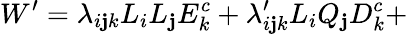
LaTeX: W^{\prime}=\lambda_{i\mathbf{j}k}L_{i}L_{\mathbf{j}}E_{k}^{c}+\lambda_{i\mathbf{j}k}^{\prime}L_{i}Q_{\mathbf{j}}D_{k}^{c}+